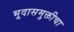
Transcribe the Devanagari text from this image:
भूदासमुक्तीचा